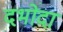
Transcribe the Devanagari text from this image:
दभोदा